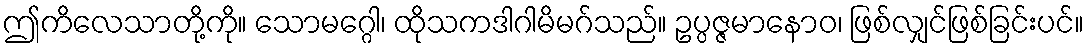
ဤကိလေသာတို့ကို။ သောမဂ္ဂေါ၊ ထိုသကဒါဂါမိမဂ်သည်။ ဥပ္ပဇ္ဇမာနောဝ၊ ဖြစ်လျှင်ဖြစ်ခြင်းပင်။